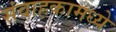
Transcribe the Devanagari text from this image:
संवाहकामध्ये